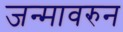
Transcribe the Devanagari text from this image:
जन्मावरुन